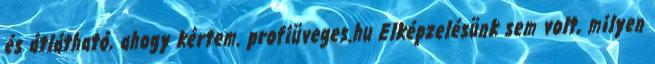
és átlátható, ahogy kértem. profiüveges.hu Elképzelésünk sem volt, milyen